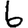
Digit: 6